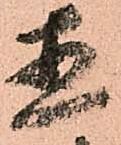
直